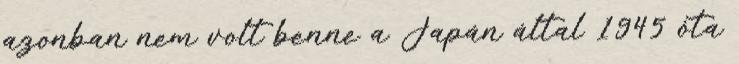
azonban nem volt benne a Japán által 1945 óta